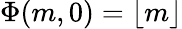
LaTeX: \Phi(m,0)=\lfloor m\rfloor